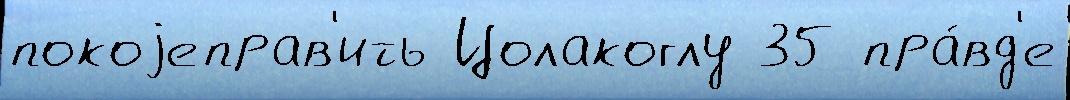
покоjеправ'ить Цолакоглу 35 пра́вд'е